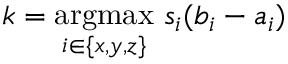
k = \underset { i \in \{ x , y , z \} } { \mathrm { a r g m a x } } \, \, s _ { i } ( b _ { i } - a _ { i } )